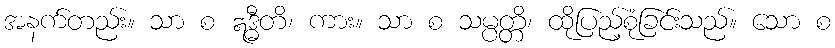
အနက်တည်း။ သာ စ ဣဒ္ဓီတိ၊ ကား။ သာ စ သမ္ပတ္တိ၊ ထိုပြည့်စုံခြင်းသည်။ သော စ